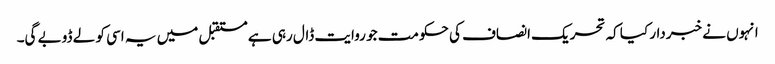
انہوں نے خبردار کیا کہ تحریک انصاف کی حکومت جو روایت ڈال رہی ہے مستقبل میں یہ اسی کو لے ڈوبے گی۔